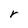
Character: r